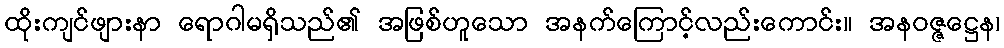
ထိုးကျင်ဖျားနာ ရောဂါမရှိသည်၏ အဖြစ်ဟူသော အနက်ကြောင့်လည်းကောင်း။ အနဝဇ္ဇဋ္ဌေန၊